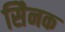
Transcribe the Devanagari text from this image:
सैिनक